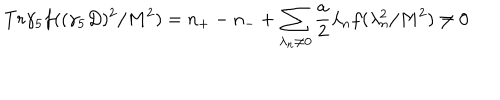
T r \gamma _ { 5 } f ( ( \gamma _ { 5 } D ) ^ { 2 } / M ^ { 2 } ) = n _ { + } - n _ { - } + \sum _ { \lambda _ { n } \neq 0 } \frac { a } { 2 } \lambda _ { n } f ( \lambda _ { n } ^ { 2 } / M ^ { 2 } ) \neq 0